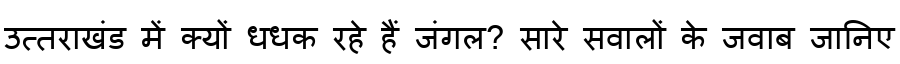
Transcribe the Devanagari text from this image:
उत्तराखंड में क्यों धधक रहे हैं जंगल? सारे सवालों के जवाब जानिए